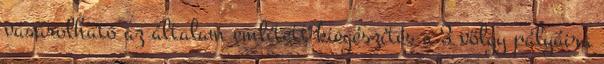
vásárolható az általam említett kiegészítés a 3 völgy pályáira